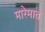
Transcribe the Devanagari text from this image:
मारेमात